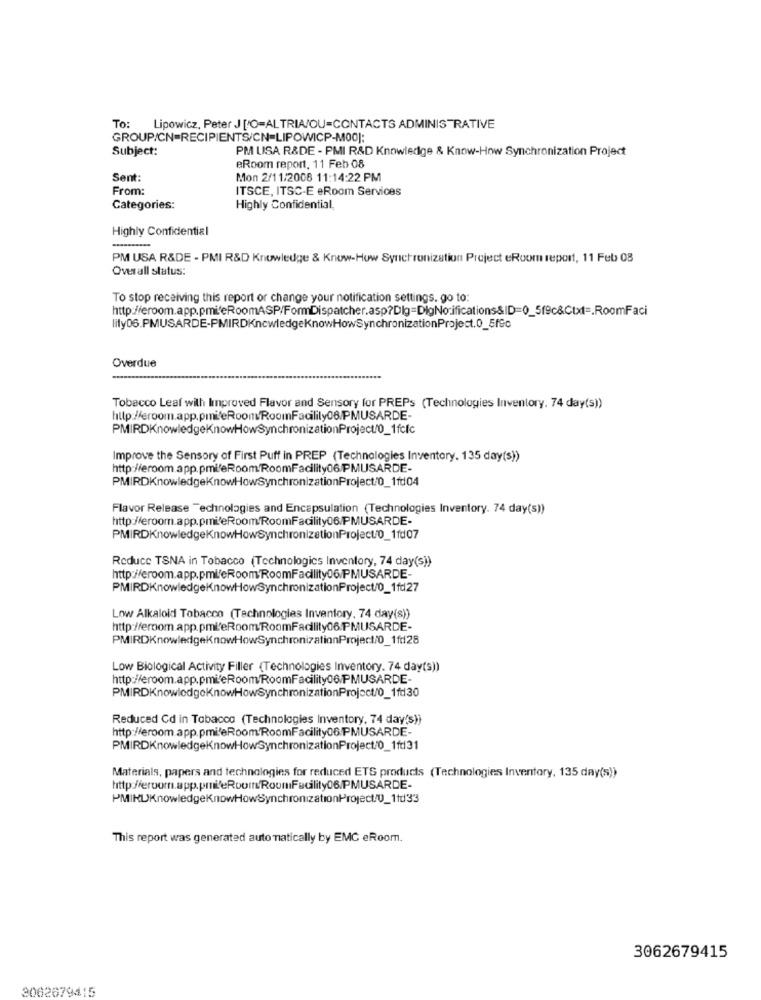
To: Lipowicz, Peter J ['O=ALTRIA/OU=CONTACTS ADMINISTRATIVE
GROUP/CN=RECIPIENTS/CN=LIPOWICP-MOO]:
Subject:
PM LISA R&DE - PMI R&D Knowledge & Know-How Synchronization Project
eRoom report, 11 Feb 08
Sent:
Mon 2/11/2008 11:14:22 PM
From:
ITSCE, ITSC-E eRoom Services
Categories:
Highly Confidential,
Highly Confidential
-
PM USA R&DE - PMI R&D Knowledge & Know-How Synchronization Project eRoom report, 11 Feb 08
Overall status:
To stop receiving this report or change your notification settings. go to:
http://eroom.app.pmi/eRoomASP/FormDispatcher.asp?Dlg=DigNo:ifications&ID=0_5f9c&Ctxt =. RoomFaci
Overdue
Tobacco Leaf with Improved Flavor and Sensory for PREPs (Technologies Inventory. 74 day(s))
http://eroom.app.pmifeRoom/RoomFacility06/PMUSARDE-
PMIRDKnowledgeKnowHowSynchronizationProject/0_1fcfc
Improve the Sensory of First Puff in PREP (Technologies Inventory. 135 day(s))
http://eroom.app.pml'eRoom/RoomFacility06/PMUSARDE-
PMIRDKnowledgeKnowHowSynchronizationProject/0_1fd04
Flavor Release Technologies and Encapsulation (Technologies Inventory. 74 day(s))
http://eroom.app.pmi'eRoom/RoomFacility06/PMUSARDE-
PMIRDKnowledgeKnowHowSynchronizationProject/0_1fd07
Reduce TSNA in Tobacco (Technologies Inventory, 74 day(s))
http://eroom.app.pml/eRoom/RoomFacility06/PMUSARDE-
PMIRDKnowledgeKnowHowSynchronizationProject/0_1fd27
Low Alkaloid Tobacco (Technologies Inventory, 74 day(s))
http://eroom.app.pmi/eRoom/RoomFacility06.PMUSARDE-
PMIRDKnowledgeKnowHowSynchronizationProject/0_1fd28
Low Biological Activity Filler (Technologies Inventory. 74 day(s))
http://eroom.app.pmi/eRoom/RoomFacility06/PMUSARDE-
Reduced Cd in Tobacco (Technologies Inventory, 74 day's))
http://eroom.app.pmi/eRoom/RoomFacility06.PMUSARDE-
PMIRDKnowledgeKnowHowSynchronizationProject/0_1fd31
Materials, papers and technologies for reduced ETS products (Technologies Inventory, 135 day(s))
PMIKUKnowledgeKnowHowSynchronizationProject/U_1td33
This report was generated auto matically by EMC eRoom.
3062679415
3062679415